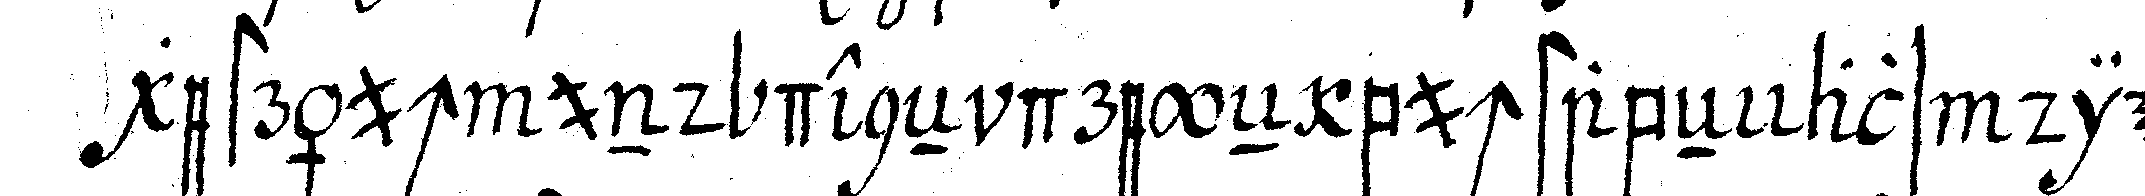
gesträuch und deneN dreyeN buchstabeN als die